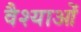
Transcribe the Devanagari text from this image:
वैश्याओं